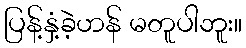
ပြန့်နှံ့ခဲ့ဟန် မတူပါဘူး။